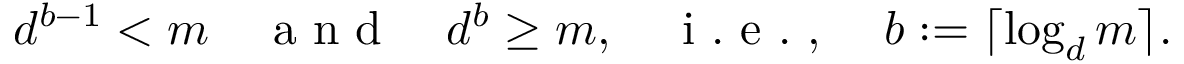
d ^ { b - 1 } < m \quad \mathrm { ~ a ~ n ~ d ~ } \quad d ^ { b } \geq m , \quad \mathrm { ~ i ~ . ~ e ~ . ~ , ~ } \quad b : = \lceil \log _ { d } m \rceil .